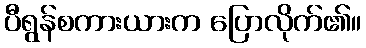
ပီရွန်စကားယားက ပြောလိုက်၏။